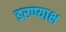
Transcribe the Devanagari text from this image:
इरण्याक्ष